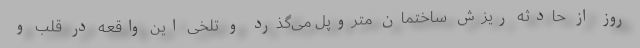
روز از حادثه ریزش ساختمان متروپل می‌گذرد و تلخی این واقعه در قلب و